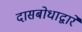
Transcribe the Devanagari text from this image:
दासबोधाद्वारे